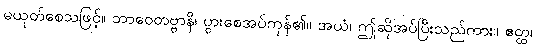
မယုတ်စေသဖြင့်။ ဘာဝေတဗ္ဗာနိ၊ ပွားစေအပ်ကုန်၏။ အယံ၊ ဤဆိုအပ်ပြီးသည်ကား။ ဧတ္ထ၊